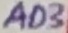
Text: AD3